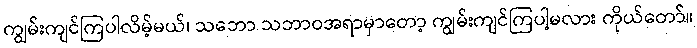
ကျွမ်းကျင်ကြပါလိမ့်မယ်၊ သဘော သဘာဝအရာမှာတော့ ကျွမ်းကျင်ကြပါ့မလား ကိုယ်တော်။